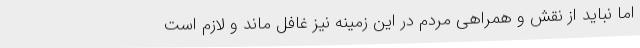
اما نباید از نقش و همراهی مردم در این زمینه نیز غافل ماند و لازم است